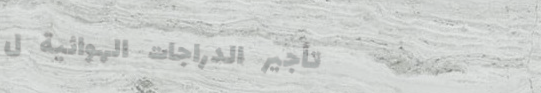
تأجير الدراجات الهوائية ل